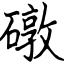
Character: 礅